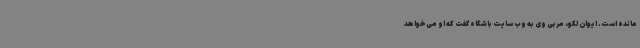
مانده است. ایوان لکو، مربی وی به وب سایت باشگاه گفت که او می‌خواهد